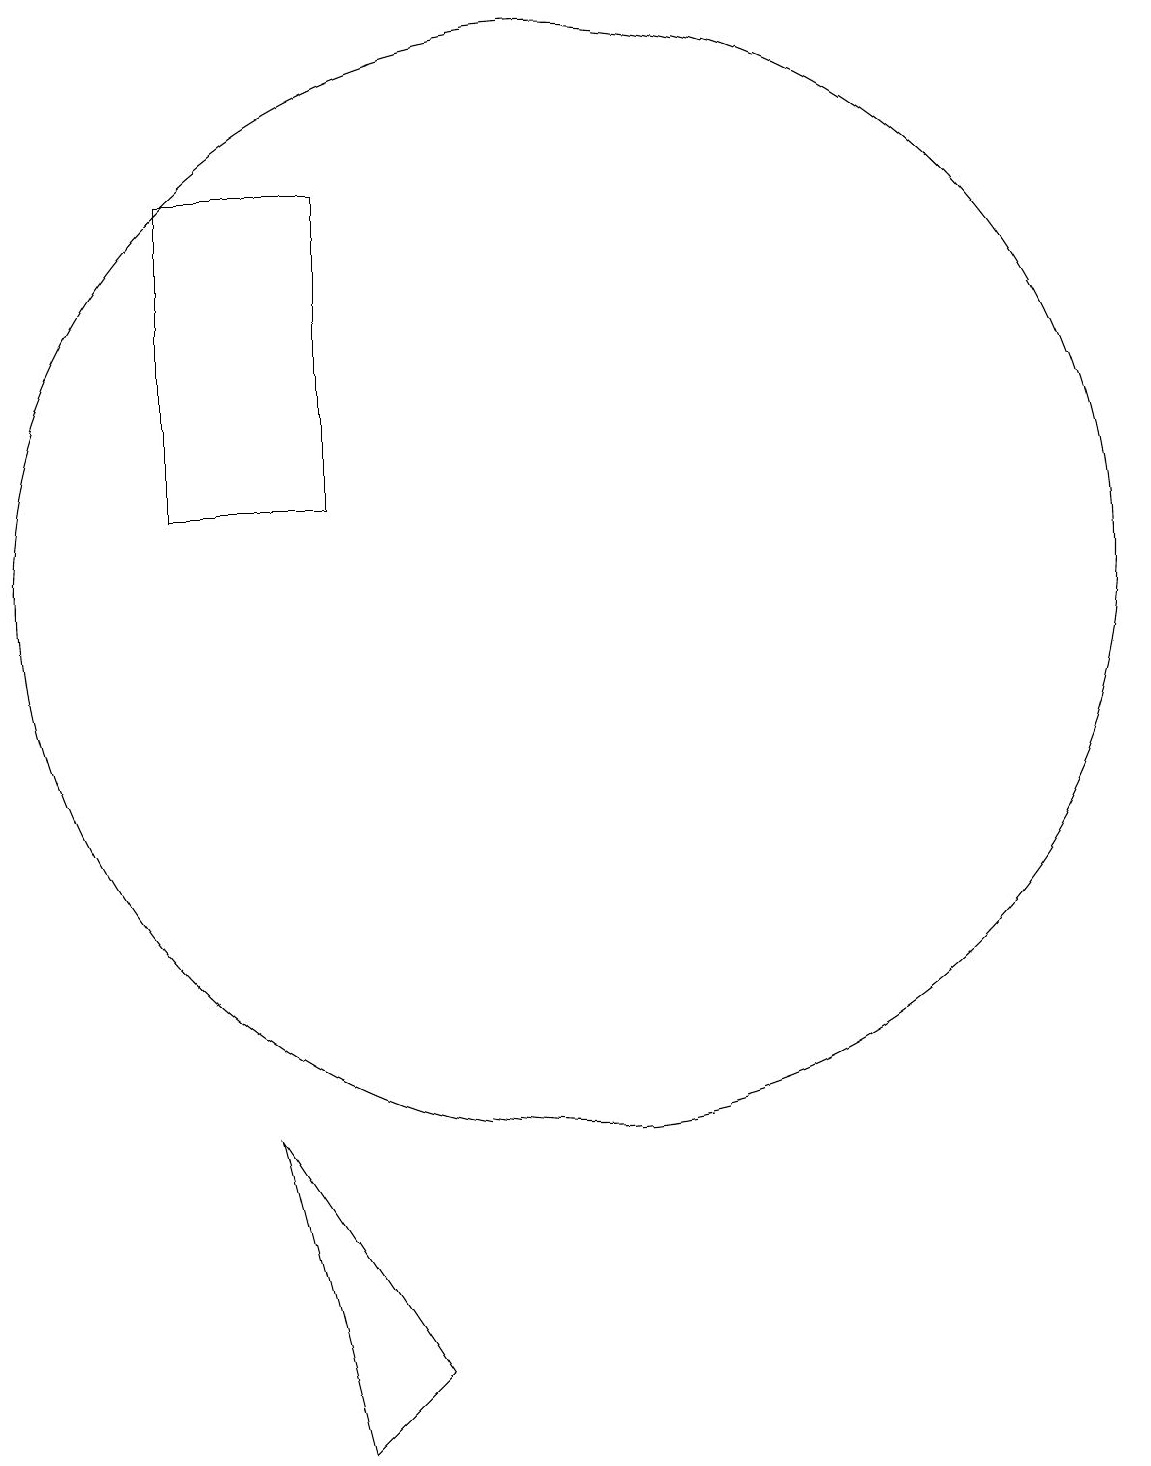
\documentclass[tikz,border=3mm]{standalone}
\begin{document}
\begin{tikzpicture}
\draw (7,17) rectangle (5,13);
\draw (10,12) circle (7);
\draw (7,1) -- (8,2) -- (6,5) -- cycle;
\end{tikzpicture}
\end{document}